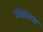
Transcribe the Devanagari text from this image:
जॅकोबस